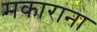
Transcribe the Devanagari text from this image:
मकाराना